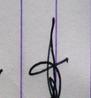
Signature authenticity: genuine